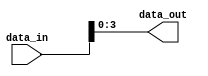
module bit_select_example(
    input [7:0] data_in,
    output reg [3:0] data_out
);

// Assigning specific bits from data_in to data_out
assign data_out = data_in[3:0];

endmodule